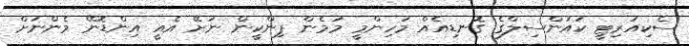
ސެކިއުރިޓީ ކައުންސިލްގެ ގޮނޑިއެއް މުހިންމީ މަމެން ޕިންކީން ނަށޭ އެއީ އިންޑޮނޭ މެންނަށް